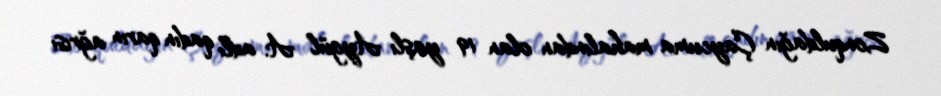
Zonquldağın Çaycuma mahalından olan 19 yaşlı Aygül A. adlı qadın qarın ağrısı